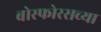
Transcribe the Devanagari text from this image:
बोस्फोरसच्या